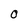
Character: O